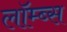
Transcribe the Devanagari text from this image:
लॉम्ब्स